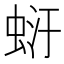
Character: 𧋂